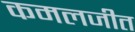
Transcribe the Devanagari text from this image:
कमलजीत